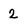
Character: 2